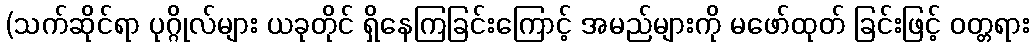
(သက်ဆိုင်ရာ ပုဂ္ဂိုလ်များ ယခုတိုင် ရှိနေကြခြင်းကြောင့် အမည်များကို မဖော်ထုတ် ခြင်းဖြင့် ဝတ္တရား